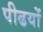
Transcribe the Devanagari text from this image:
पीढयों